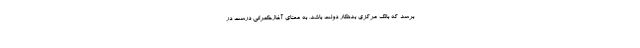
برسد که بانک مرکزی بدهکار دولت باشد، به معنای آغازحکمرانی درست در